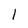
Character: 1